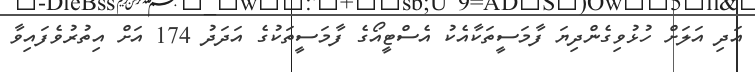
އަދި އަލަށް ހުޅުވިގެންދިޔަ ފާމަސީތަކާއެކު އެސްޓީއޯގެ ފާމަސީތަކުގެ އަދަދު 174 އަށް އިތުރުވެފައިވާ